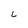
Character: L